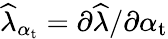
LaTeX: \widehat{\lambda}_{\alpha_{\mathrm{t}}}=\partial\widehat{\lambda}/\partial\alpha_{\mathrm{t}}